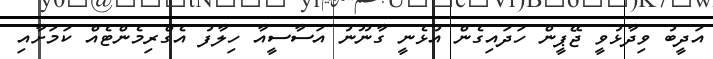
އަދީބު ވިދާޅުވީ ޖޭޕީން ހަދައިގެން އުޅެނީ ގާނޫނު އަސާސީއާ ހިލާފު އެގްރިމެންޓެއް ކަމަށާއި